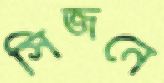
সিজনে